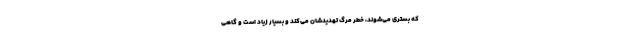
که بستری می‌شوند، خطر مرگ تهدیدشان می‌کند و بسیار زیاد است و گاهی